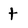
Character: t